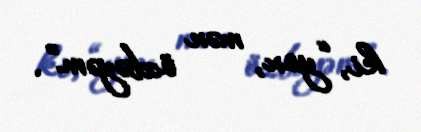
ki, “yox, mən özbəyəm”.